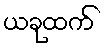
ယခုထက်